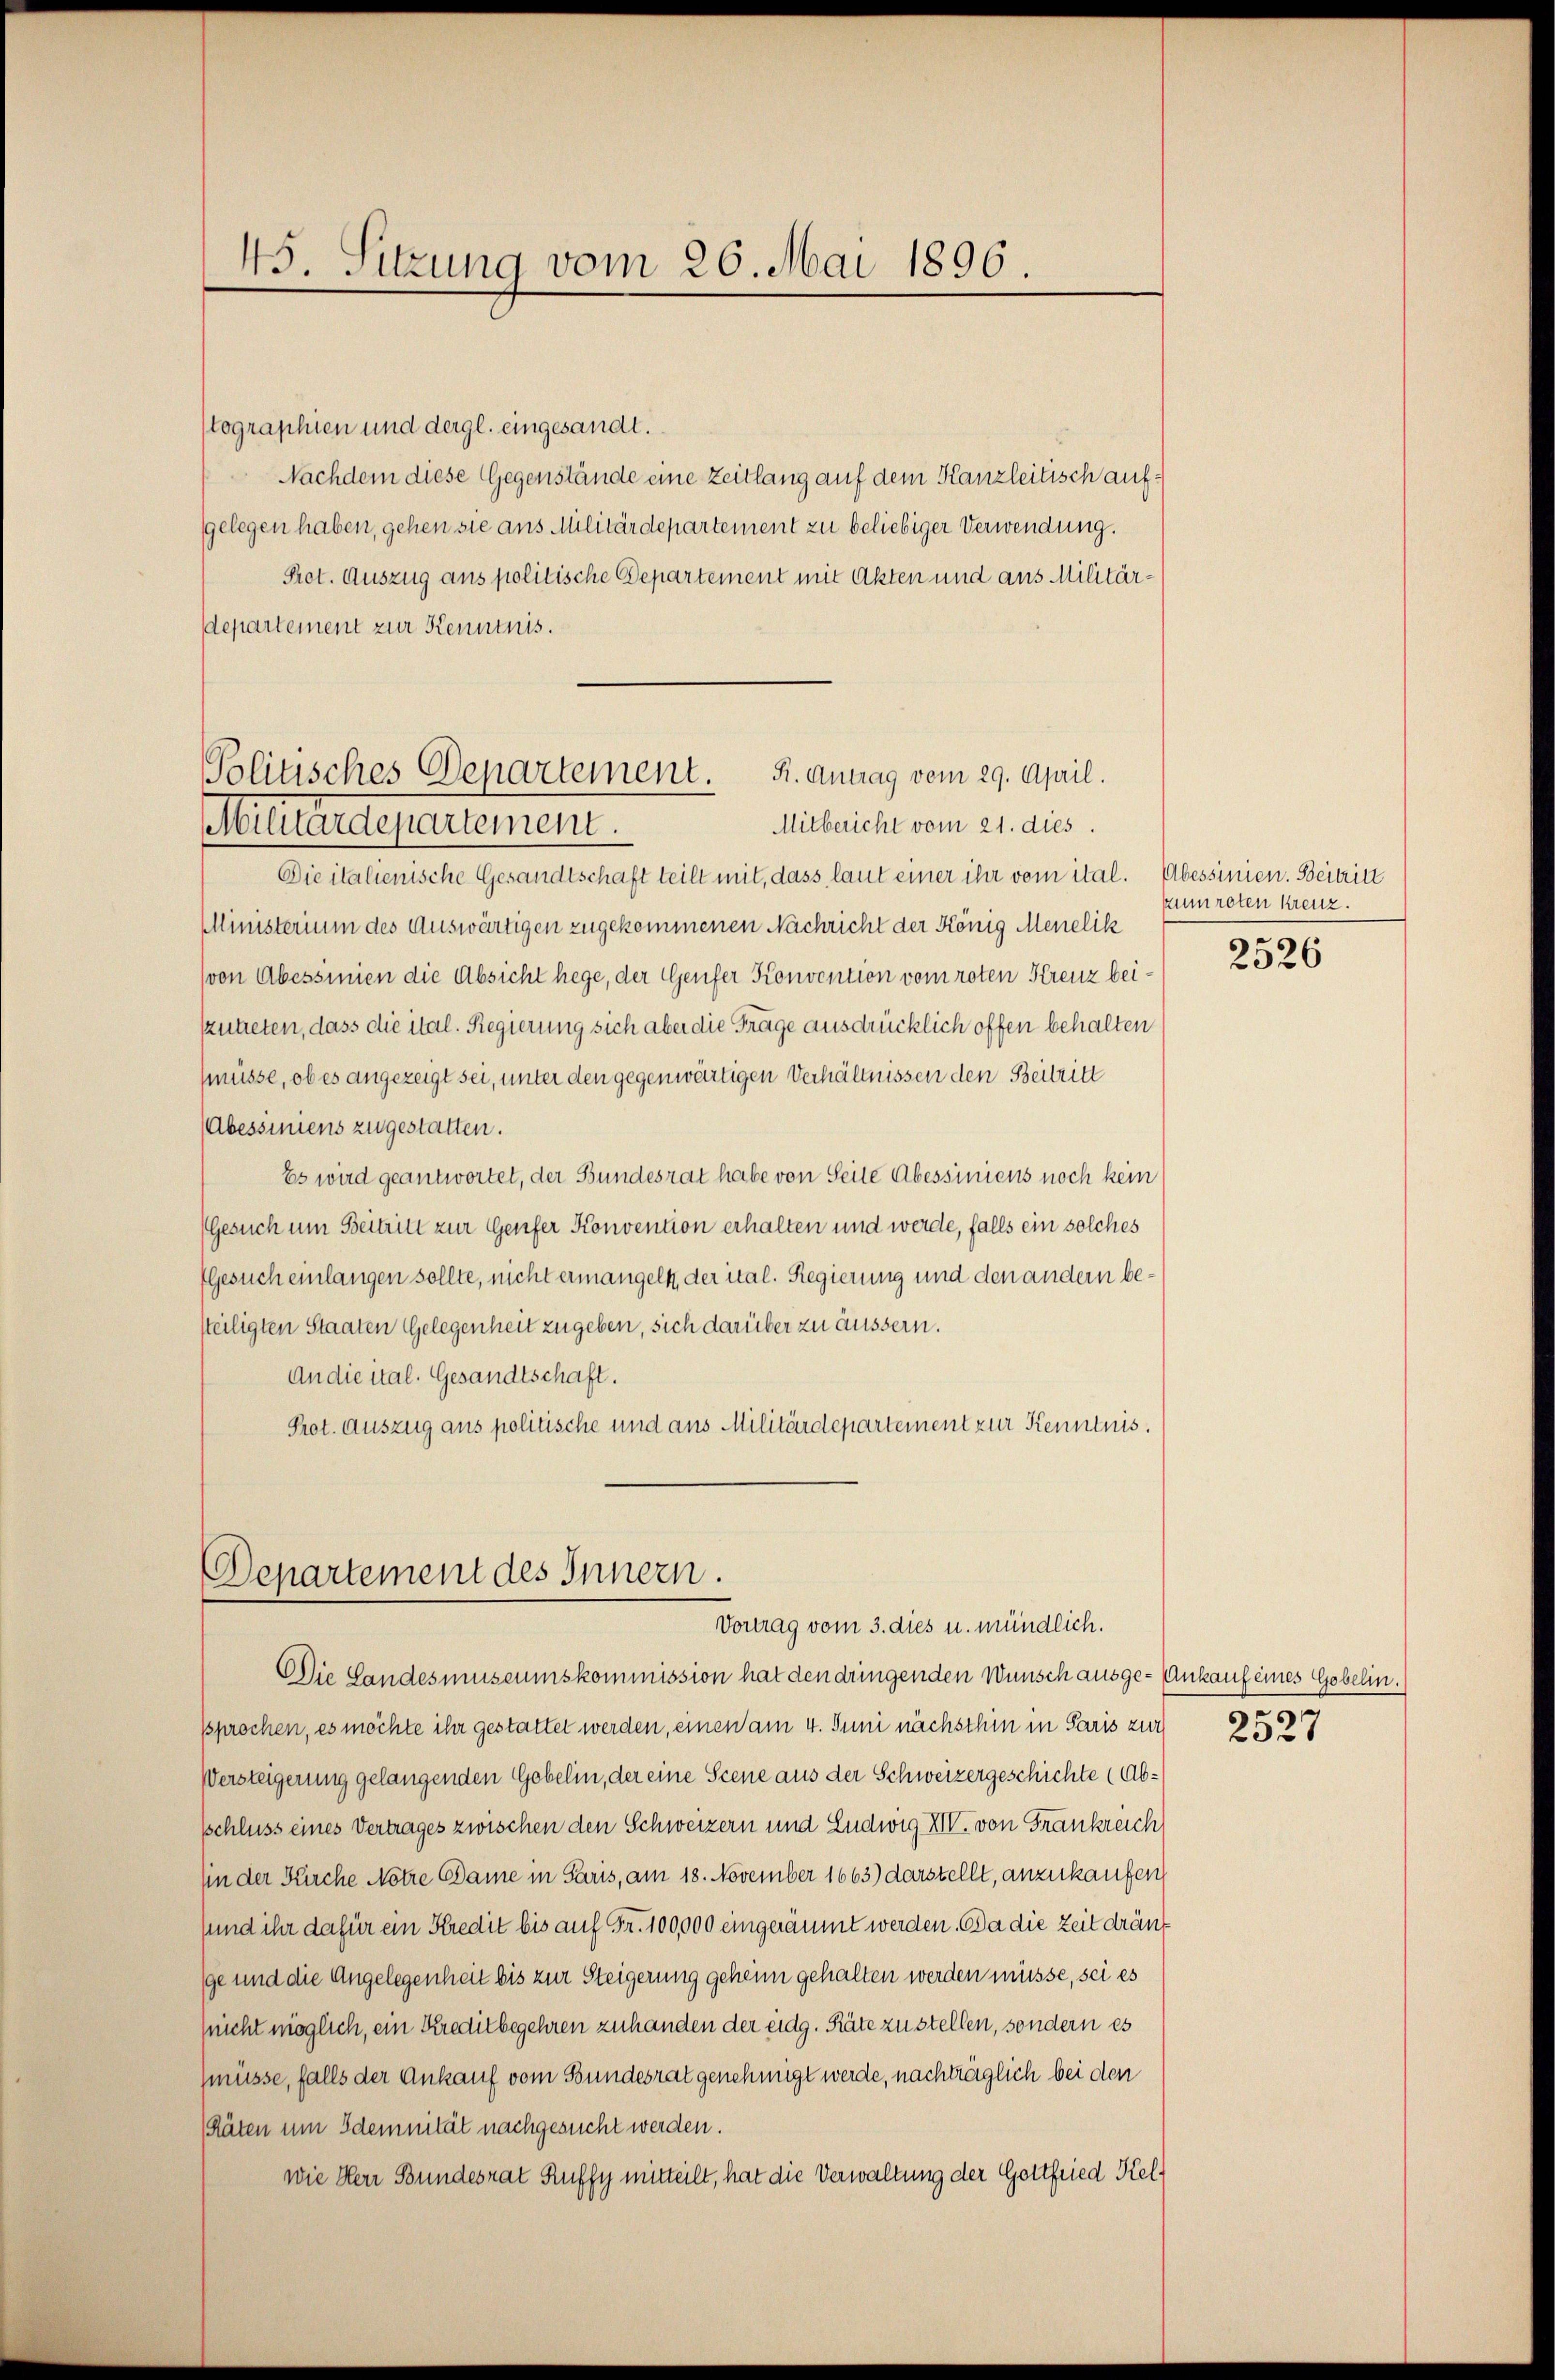
45. Sitzung vom 26. Mai 1896.

(tographien und dergl. eingesandt.
Nachdem diese Gegenstände eine Zeitlang auf dem Kanzleitisch aufgelegen haben, gehen sie aus Militärdepartement zu beliebiger Verwendung.
Prot. Auszug aus politische Departement mit Akten und aus Militärdepartement zur Kenntnis.
Dieitalienische Gesandtschaft teilt mit, dass, laut einer ihr vom ital. Abessinien. Beitritt
Ministerium des Auswärtigen zugekommenen Nachricht der König Menelik
(von Abessinien die Absicht hege, der Genfer Konvention vom roten Kreuz beikzutreten, dass die ital. Regierung sich aber die Frage ausdrücklich offen behalten
(müsse, ob es angezeigt sei, unter den gegenwärtigen Verhältnissen den Beitritt
(Abessiniens zugestatten.
Es wird geantwortet, der Bundesrat habe von Seite Abessiniens noch kein
Gesuch um Beitritt zur Genfer Konvention erhalten und werde, falls ein solches
Gesuch einlangen sollte, nicht ermangelt, der ital. Regierung und den andern betteiligten Staaten Gelegenheit zugeben, sich darüber zu äussern.
An die ital. Gesandtschaft.
Prot. Auszug aus politische und aus Militärdepartement zur Kenntnis.

Politisches Departement. K. Antrag vom 29. April.
Mitbericht vom 21. dies
Mitung der erstement.

Departement des Innern.
Vortrag vom 3. dies u. mündlich.

zum roten kreuz.

Die Landesmuseumskommission hat den dringenden Wunsch ausge-Ankauf eines Gobelin.
sprochen, es möchte ihr gestattet werden, einen am 4. Juni nächsthin in Paris zur
Versteigerung gelangenden Gebelin, der eine Scene aus der Schweizergeschichte (Abschluss eines Vertrages zwischen den Schweizern und Ludwig XIV. von Frankreich
sin der Fürche Notre Dame in Paris, am 18. November 1663) darstellt, anzukaufen
sund ihr dafür ein Kredit bis auf Fr. 100,000 eingeräumt werden. Da die Zeit dränk
ge und die Angelegenheit bis zur Steigerung geheim gehalten werden müsse, sei es
(nicht möglich, ein Kreditbegehren zuhanden der eidg. Räte zu stellen, sondern es
müsse, falls der Ankauf vom Bundesrat genehmigt werde, nachträglich bei den
(Räten um Ademnität nachgesucht werden.
wie Herr Bundesrat Ruffy mitteilt, hat die Verwaltung der Gottfried Kel¬

2526

9
23